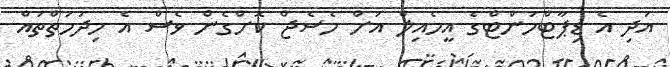
އަދި އެ ޑިޕާޓްމަންޓްގެ އީމެއިލް އަށް މެސެޖް ކޮށްގެން ވެސް އެ ހިދުމަތްތައް